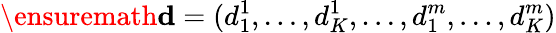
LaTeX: \ensuremath{\mathbf d}=(d_{1}^{1},\ldots,d_{K}^{1},\ldots,d_{1}^{m},\ldots,d_{K}^{m})